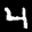
Label: 4